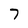
Character: 7